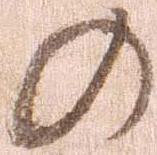
の